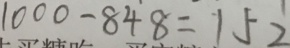
1 0 0 0 - 8 4 8 = 1 5 2